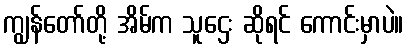
ကျွန်တော်တို့ အိမ်က သူဌေး ဆိုရင် ကောင်းမှာပဲ။